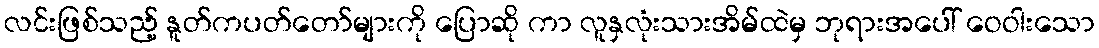
လင်းဖြစ်သည့် နူတ်ကပတ်တော်များကို ပြောဆို ကာ လူနှလုံးသားအိမ်ထဲမှ ဘုရားအပေါ် ဝေဝါးသော